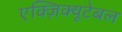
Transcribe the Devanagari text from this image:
एक्ज़िक्यूटेबल